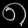
Digit: ၈